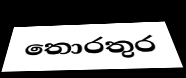
තොරතුර